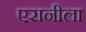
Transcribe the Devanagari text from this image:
एरानीला